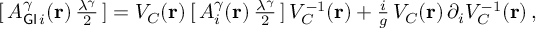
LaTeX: [ \, A _ { { \sf G I } \, i } ^ { { \gamma } } ( { \bf { r } } ) \, { \textstyle \frac { { \lambda } ^ { \gamma } } { 2 } } \, ] = V _ { \cal { C } } ( { \bf { r } } ) \, [ \, A _ { i } ^ { \gamma } ( { \bf { r } } ) \, { \textstyle \frac { \lambda ^ { \gamma } } { 2 } } \, ] \, V _ { \cal { C } } ^ { - 1 } ( { \bf { r } } ) + { \textstyle \frac { i } { g } } \, V _ { \cal { C } } ( { \bf { r } } ) \, \partial _ { i } V _ { \cal { C } } ^ { - 1 } ( { \bf { r } } ) \, ,